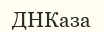
ДНКаза